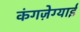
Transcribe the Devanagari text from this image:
कंगज़ेग्याई